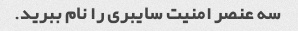
سه عنصر امنیت سایبری را نام ببرید.